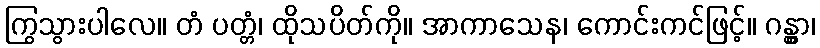
ကြွသွားပါလေ။ တံ ပတ္တံ၊ ထိုသပိတ်ကို။ အာကာသေန၊ ကောင်းကင်ဖြင့်။ ဂန္တွာ၊